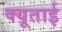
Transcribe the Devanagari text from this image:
क्यूताई